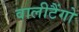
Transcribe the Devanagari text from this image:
वालीटैंगो